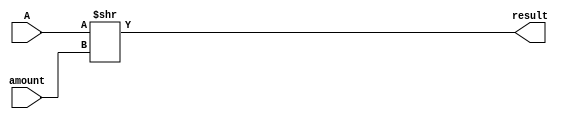
module shr (
    input wire [31:0] A, 
    input wire [4:0] amount,
    output wire [63:0] result
);

assign result = A >> amount;
    
endmodule